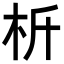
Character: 𣏸